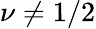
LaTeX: \nu\neq 1/2